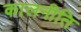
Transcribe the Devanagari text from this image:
कालनीति